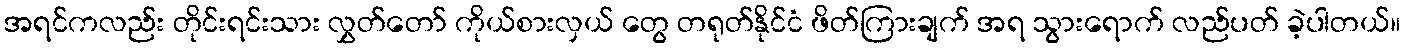
အရင်ကလည်း တိုင်းရင်းသား လွှတ်တော် ကိုယ်စားလှယ် တွေ တရုတ်နိုင်ငံ ဖိတ်ကြားချက် အရ သွားရောက် လည်ပတ် ခဲ့ပါတယ်။